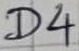
Text: D4